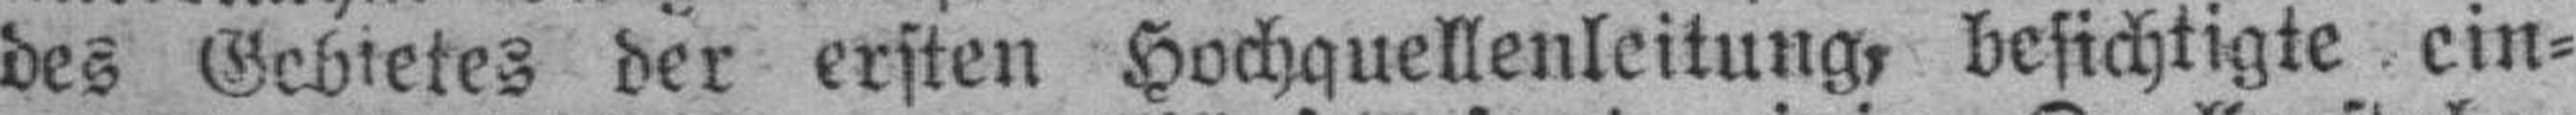
des Gebietes der ersten Hochquellenleitung, besichtigte ein¬